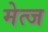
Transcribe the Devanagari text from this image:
मेत्ज